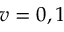
v = 0 , 1